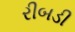
રીબડી